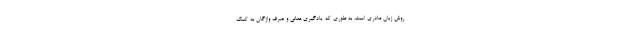
روش زبان مادری است، به طوری که یادگیری معانی و صرف واژگان به کمک